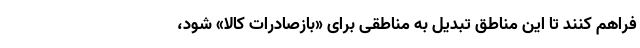
فراهم کنند تا این مناطق تبدیل به مناطقی برای «بازصادرات کالا» شود،